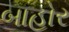
બાહોર